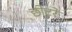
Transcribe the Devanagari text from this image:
छोटरे